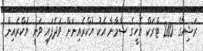
ރަޝިއާގެ 280 ޓްރަކް އެހީގެ ސާމާނާ އެކު ޔުކްރެއިނަށް ވަދެފައި ވަނީ ޔުކްރެއިން